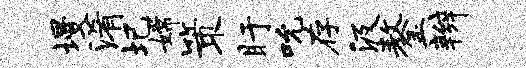
墁淆圯嫦策盱吮存汲鏊辫